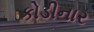
કોડીનાર